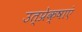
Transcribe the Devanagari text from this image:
उत्प्रेक्षाएं